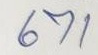
671